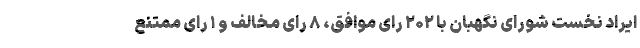
ایراد نخست شورای نگهبان با ۲۰۲ رای موافق، ۸ رای مخالف و ۱ رای ممتنع